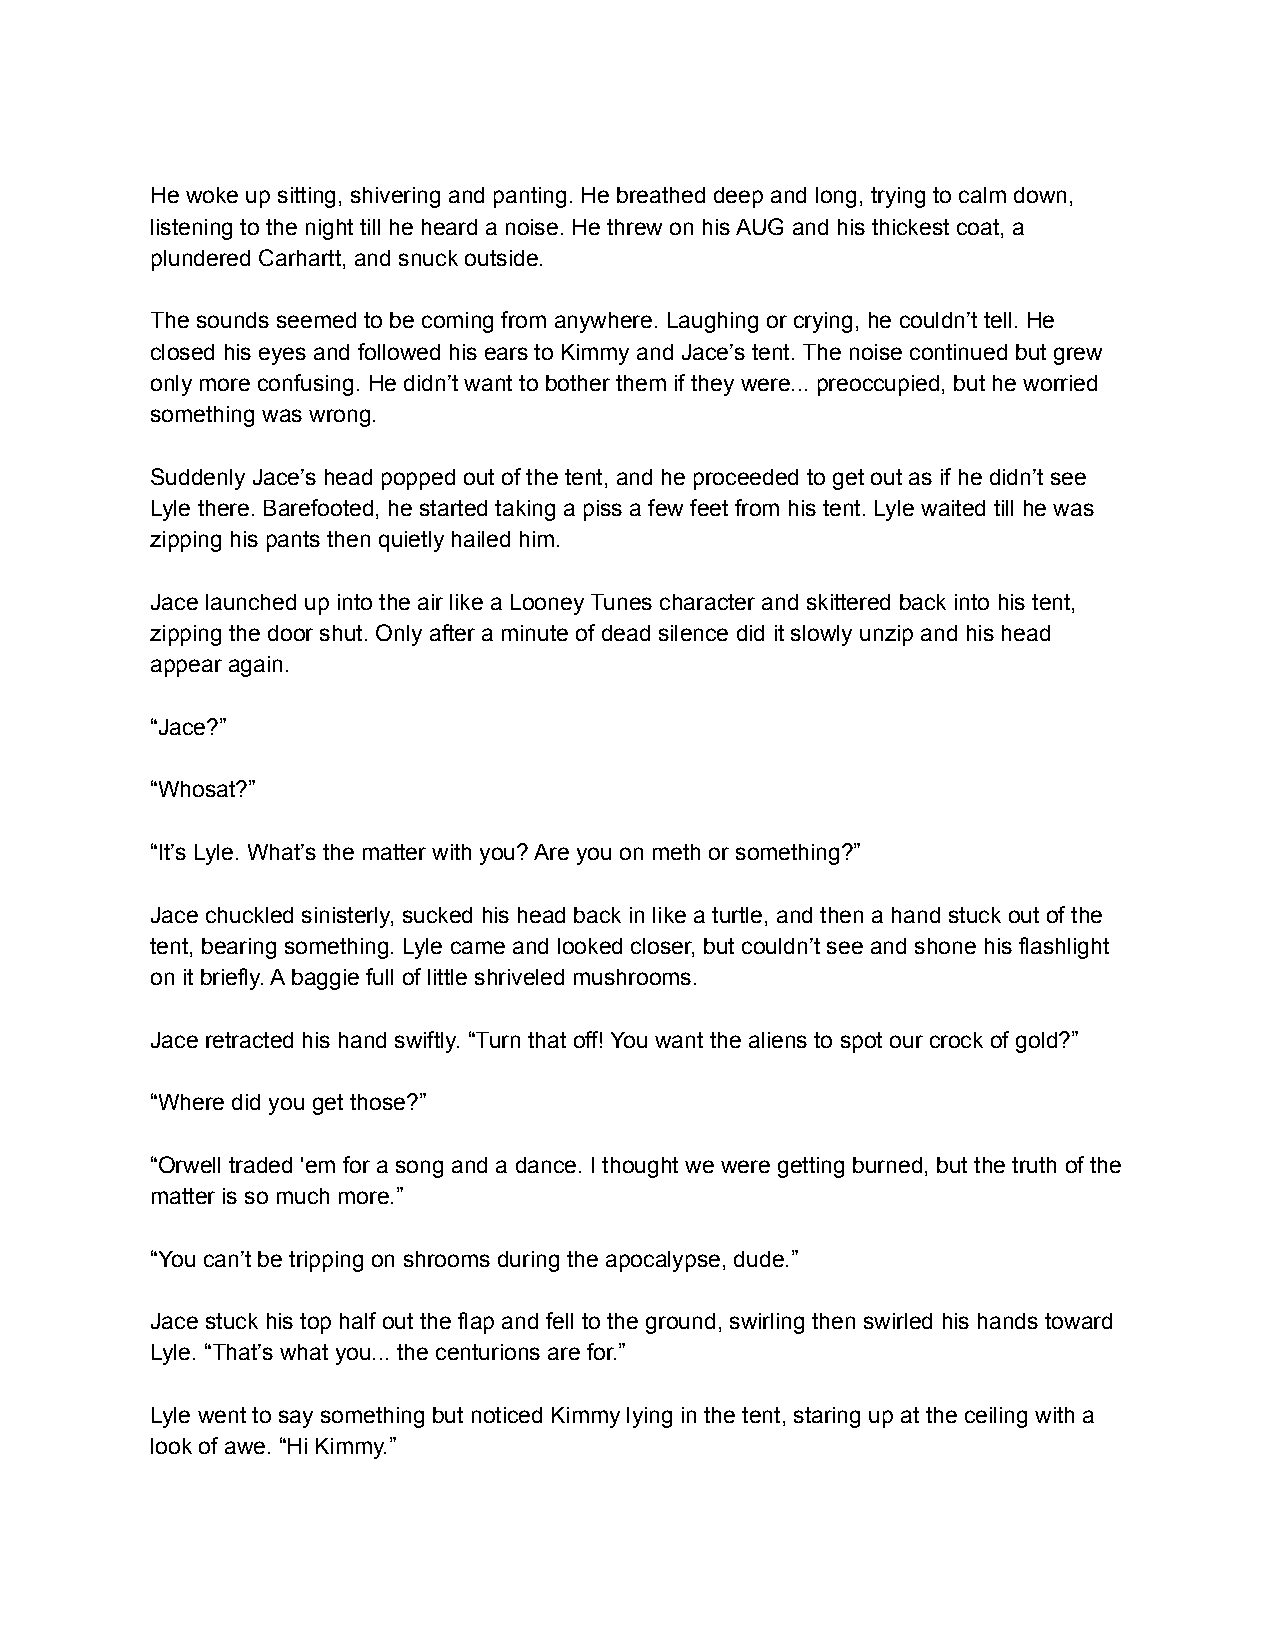
He woke up sitting, shivering and panting. He breathed deep and long, trying to calm down,
 listening to the night till he heard a noise. He threw on his AUG and his thickest coat, a
 plundered Carhartt, and snuck outside.
 The sounds seemed to be coming from anywhere. Laughing or crying, he couldn’t tell. He
 closed his eyes and followed his ears to Kimmy and Jace’s tent. The noise continued but grew
 only more confusing. He didn’t want to bother them if they were... preoccupied, but he worried
 something was wrong.
 Suddenly Jace’s head popped out of the tent, and he proceeded to get out as if he didn’t see
 Lyle there. Barefooted, he started taking a piss a few feet from his tent. Lyle waited till he was
 zipping his pants then quietly hailed him.
 Jace launched up into the air like a Looney Tunes character and skittered back into his tent,
 zipping the door shut. Only after a minute of dead silence did it slowly unzip and his head
 appear again.
 “Jace?”
 “Whosat?”
 “It’s Lyle. What’s the matter with you? Are you on meth or something?”
 Jace chuckled sinisterly, sucked his head back in like a turtle, and then a hand stuck out of the
 tent, bearing something. Lyle came and looked closer, but couldn’t see and shone his flashlight
 on it briefly. A baggie full of little shriveled mushrooms.
 Jace retracted his hand swiftly. “Turn that off! You want the aliens to spot our crock of gold?”
 “Where did you get those?”
 “Orwell traded 'em for a song and a dance. I thought we were getting burned, but the truth of the
 matter is so much more.”
 “You can’t be tripping on shrooms during the apocalypse, dude.”
 Jace stuck his top half out the flap and fell to the ground, swirling then swirled his hands toward
 Lyle. “That’s what you... the centurions are for.”
 Lyle went to say something but noticed Kimmy lying in the tent, staring up at the ceiling with a
 look of awe. “Hi Kimmy.”